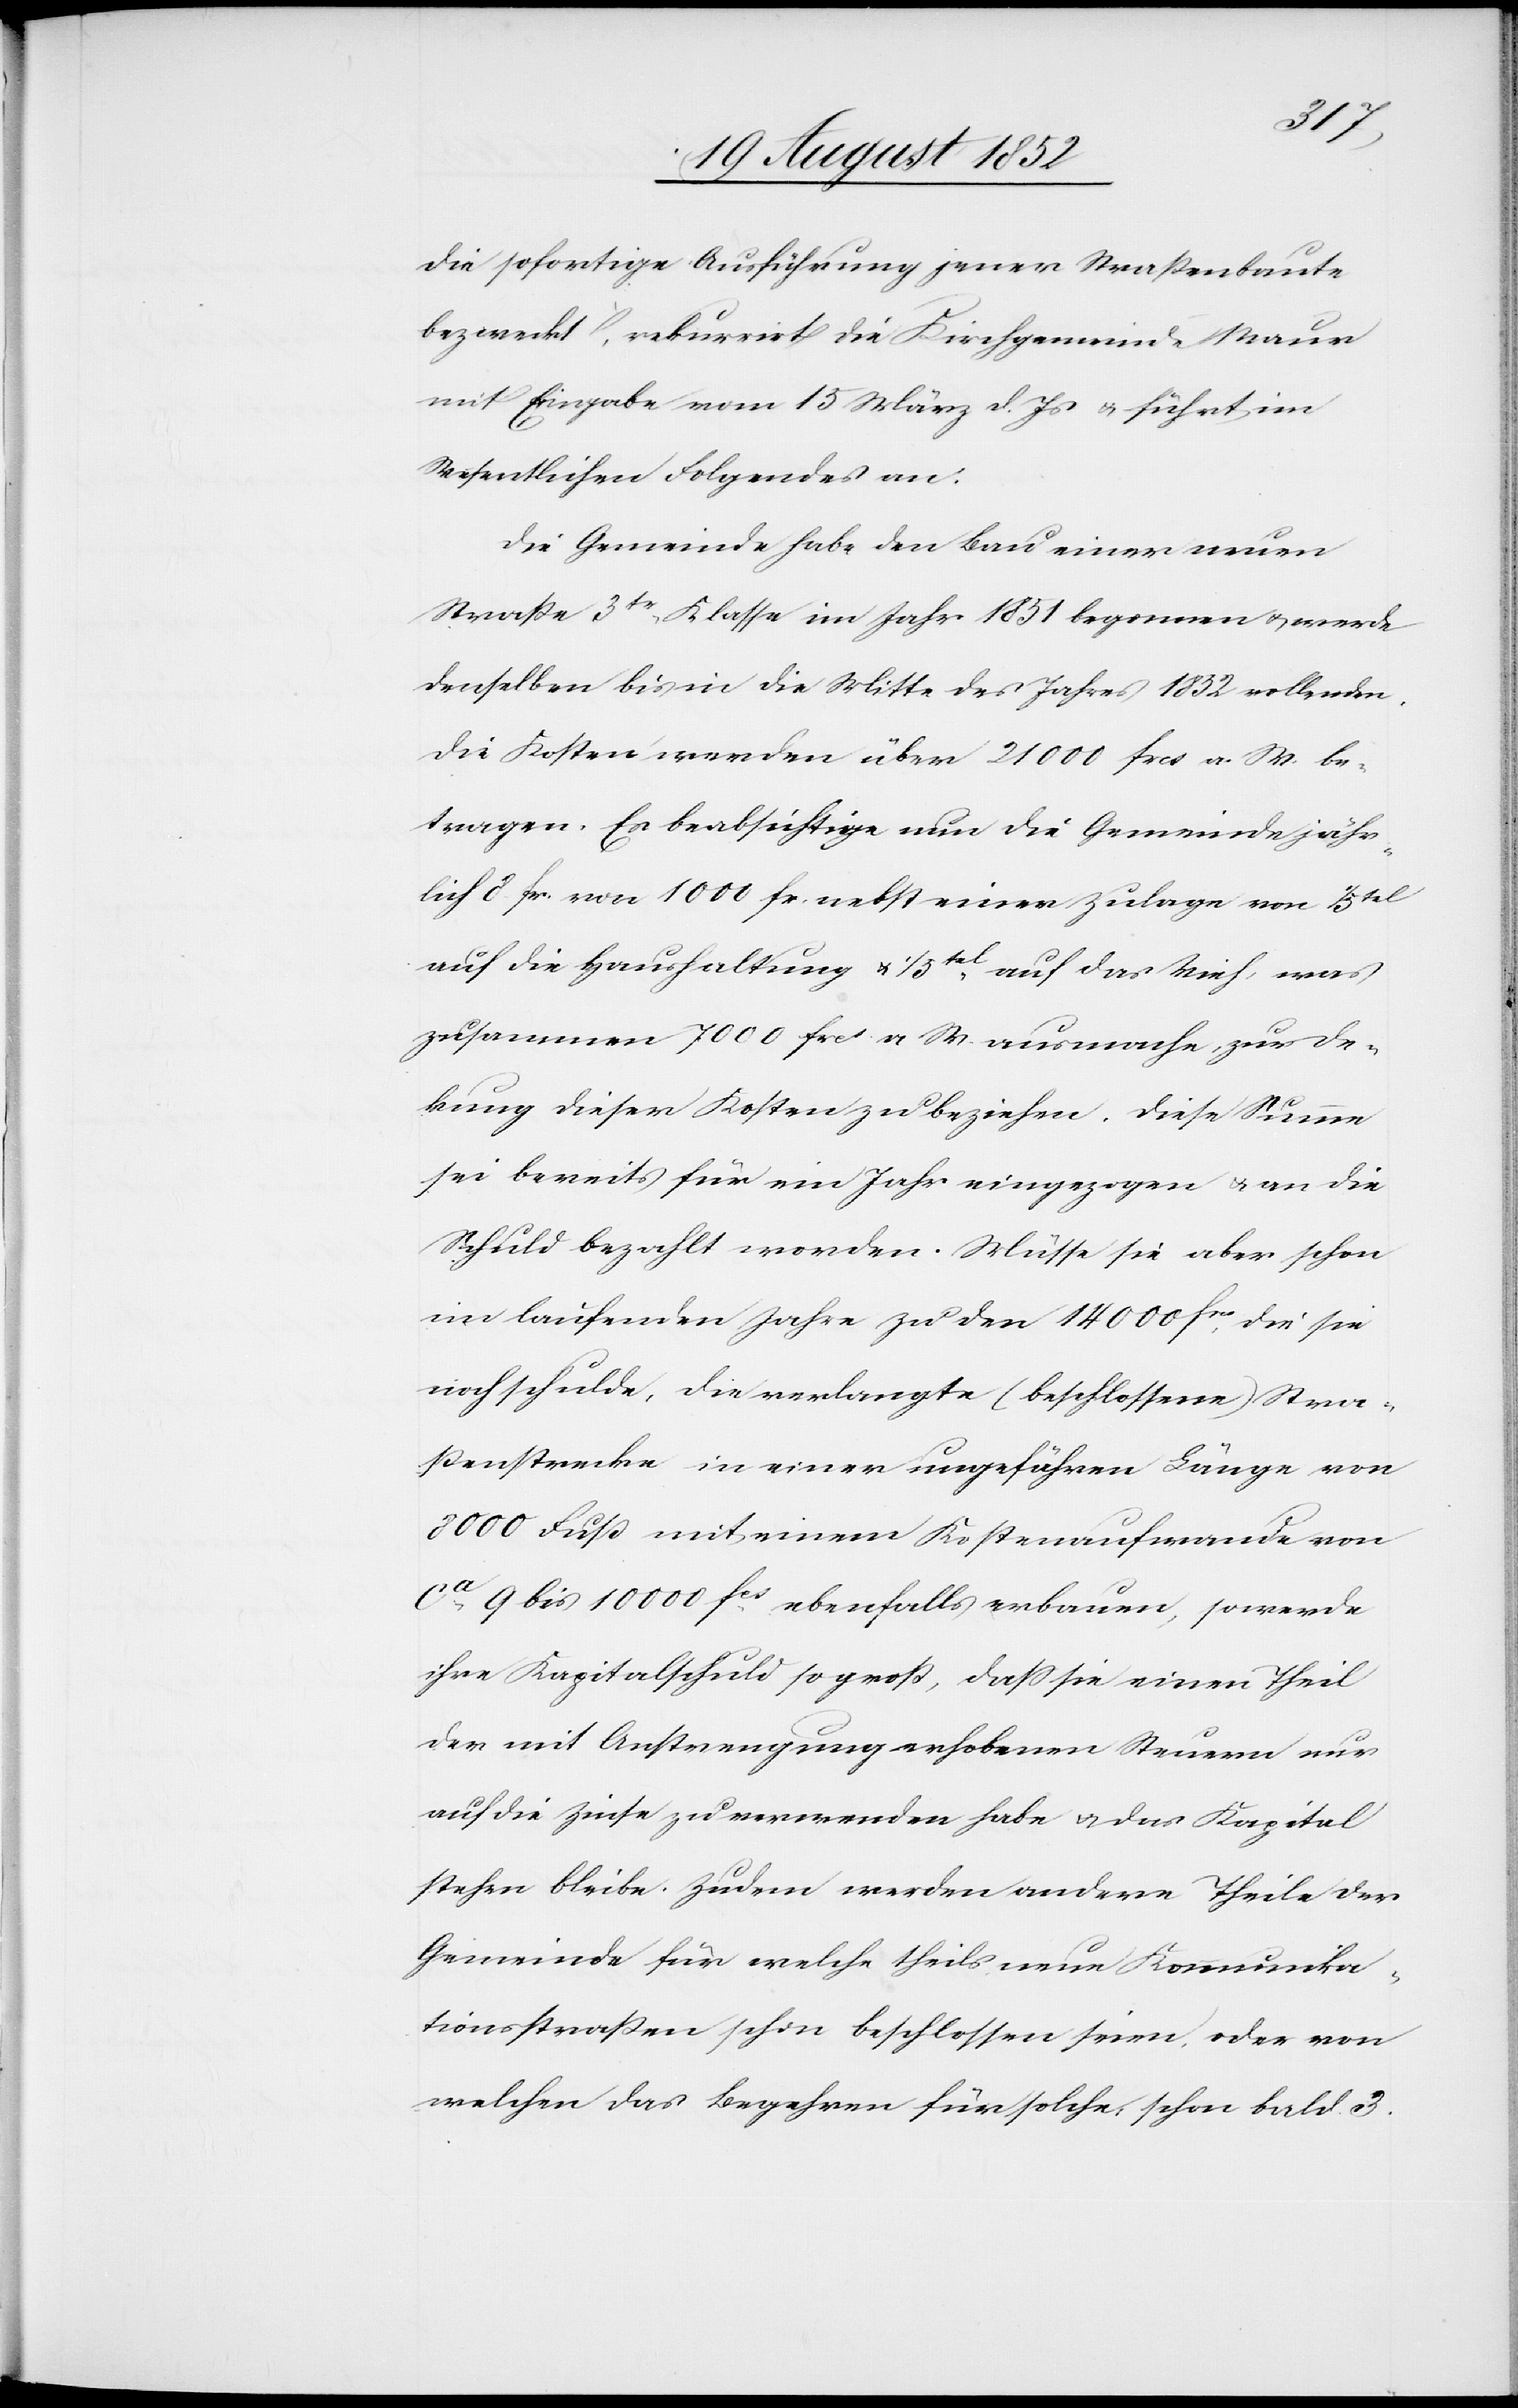
die sofortige Ausführung jener Straßenbaute
bezweckt, rekurrirt die Kirchgemeinde Maur
mit Eingabe vom 15 März d. Js & führt im
Wesentlichen Folgendes an:
Die Gemeinde habe den Bau einer neuen
Straße 3tr. Klasse im Jahr 1851 begonnen & werde
denselben bis in die Mitte des Jahres 1852 vollenden.
Die Kosten werden über 21 000 frcs a. W. be¬
tragen. Es beabsichtige nun die Gemeinde jähr¬
lich 8 fr. von 1000 fr. nebst einer Zulage von 1/5tel
auf die Haushaltung & 1/5tel auf das Vieh, was
zusammen 7000 frcs. a W. ausmache, zur D¬
e[c]kung dieser Kosten zu beziehen. Diese Summe
sei bereits für ein Jahr eingezogen & an die
Schuld bezahlt worden. Müsse sie aber schon
im laufenden Jahre zu den 14 000 frcs, die sie
noch schulde, die verlangte (beschlossene) Stra¬
ßenstrecke in einer ungefähren Länge von
8000 Fuß mit einem Kostenaufwande von
ca.
9 bis 10 000 fcs. ebenfalls erbauen, so werde
ihre Kapitalschuld so groß, dass sie einen Theil
der mit Anstrengung erhobenen Steuern nur
auf die Zinse zu verwenden habe & das Kapital
stehen bleibe. Zudem werden andere Theile der
Gemeinde für welche theils neue Kommunika¬
tionsstraßen schon beschlossen seien, oder von
welchen das Begehren für solche, schon bald 3.